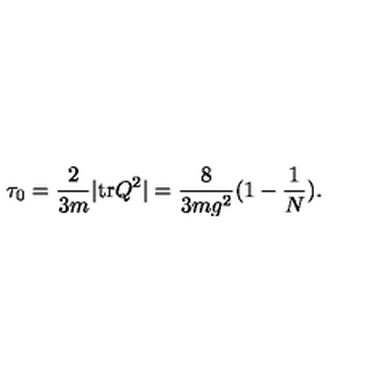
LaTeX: \tau _ { 0 } = \frac { 2 } { 3 m } \vert \mathrm { t r } Q ^ { 2 } \vert = \frac { 8 } { 3 m g ^ { 2 } } ( 1 - \frac { 1 } { N } ) .